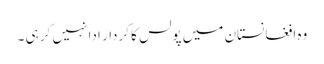
وہ افغانستان میں پولس کا کردار ادا نہیں کر ہی ۔